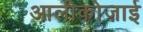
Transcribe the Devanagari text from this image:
आलीकोज़ाई